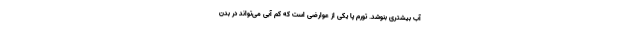
آب بیشتری بنوشد. تورم پا یکی از عوارضی است که کم آبی می‌تواند در بدن